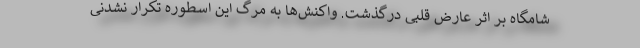
شامگاه بر اثر عارض قلبی درگذشت. واکنش‌ها به مرگ این اسطوره تکرار نشدنی